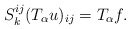
\begin{align*}S_k^{ij} (T_\alpha u)_{ij} = T_\alpha f.\end{align*}